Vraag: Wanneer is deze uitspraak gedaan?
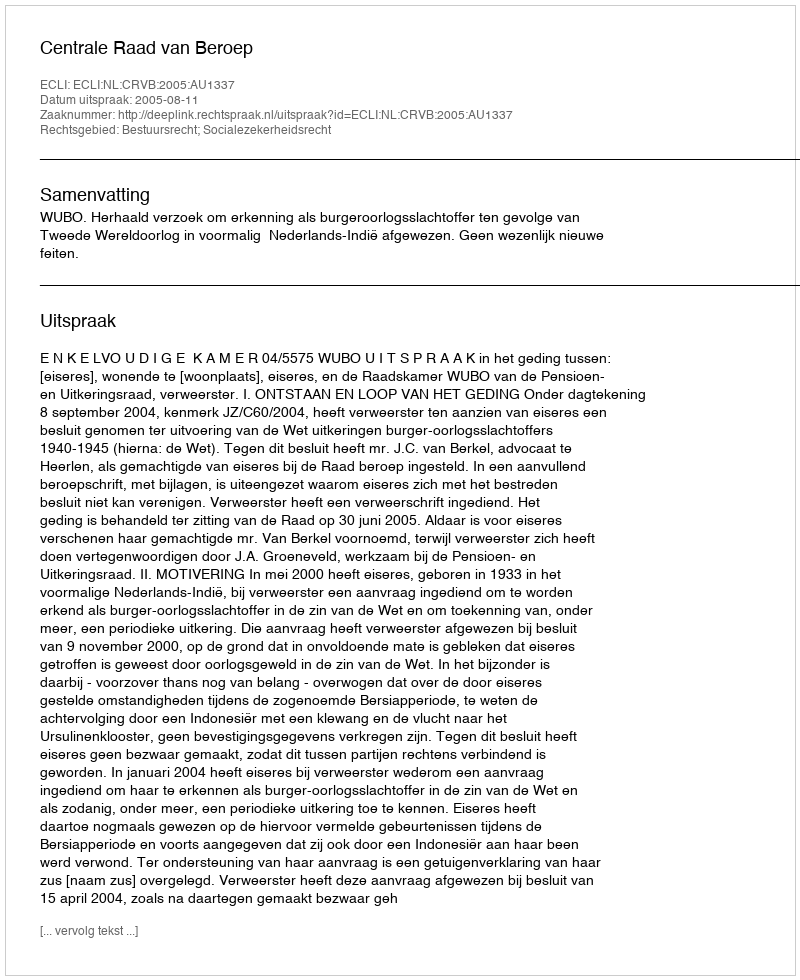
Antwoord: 2005-08-11